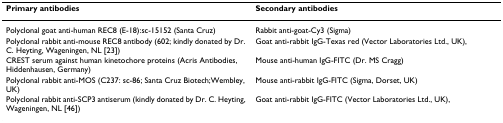
| Primary antibodies | Secondary antibodies |
 | --- | --- |
 | Polyclonal goat anti-human REC8 (E-18):sc-15152 (Santa Cruz) | Rabbit anti-goat-Cy3 (Sigma) |
 | Polyclonal rabbit anti-mouse REC8 antibody (602; kindly donated by Dr. C. Heyting, Wageningen, NL [23]) | Goat anti-rabbit IgG-Texas red (Vector Laboratories Ltd., UK), |
 | CREST serum against human kinetochore proteins (Acris Antibodies, Hiddenhausen, Germany) | Mouse anti-human IgG-FITC (Dr. MS Cragg) |
 | Polyclonal rabbit anti-MOS (C237: sc-86; Santa Cruz Biotech;Wembley, UK) | Mouse anti-rabbit IgG-FITC (Sigma, Dorset, UK) |
 | Polyclonal rabbit anti-SCP3 antiserum (kindly donated by Dr. C. Heyting, Wageningen, NL [46]) | Goat anti-rabbit IgG-FITC (Vector Laboratories Ltd., UK), |